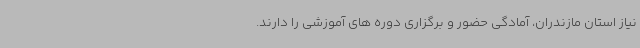
نیاز استان مازندران، آمادگی حضور و برگزاری دوره های آموزشی را دارند.